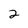
Character: 2